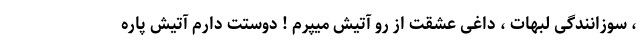
، سوزانندگی لبهات ، داغی عشقت از رو آتیش میپرم ! دوستت دارم آتیش پاره